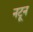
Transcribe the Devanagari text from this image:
नटून